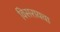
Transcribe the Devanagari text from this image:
विसरायचा